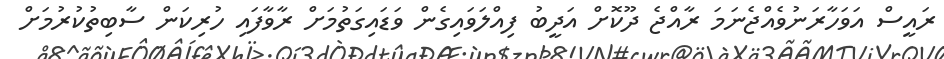
ރައީސް އަވަހާރަނުވެއްޖެނަމަ ރާއްޖެ ދޫކޮށް އަދީބު ފިއްލަވައިގެން ވަޑައިގަތުމަށް ރާވާފައި ހުރިކަން ސާބިތުކުރުމަށް